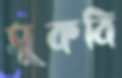
সুকবি